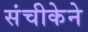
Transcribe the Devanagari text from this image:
संचीकेने